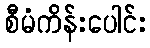
စီမံကိန်းပေါင်း